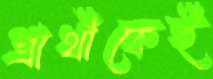
প্রার্থীকেই